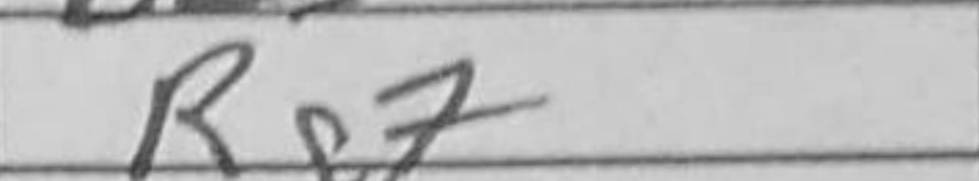
Transcription: Rg7